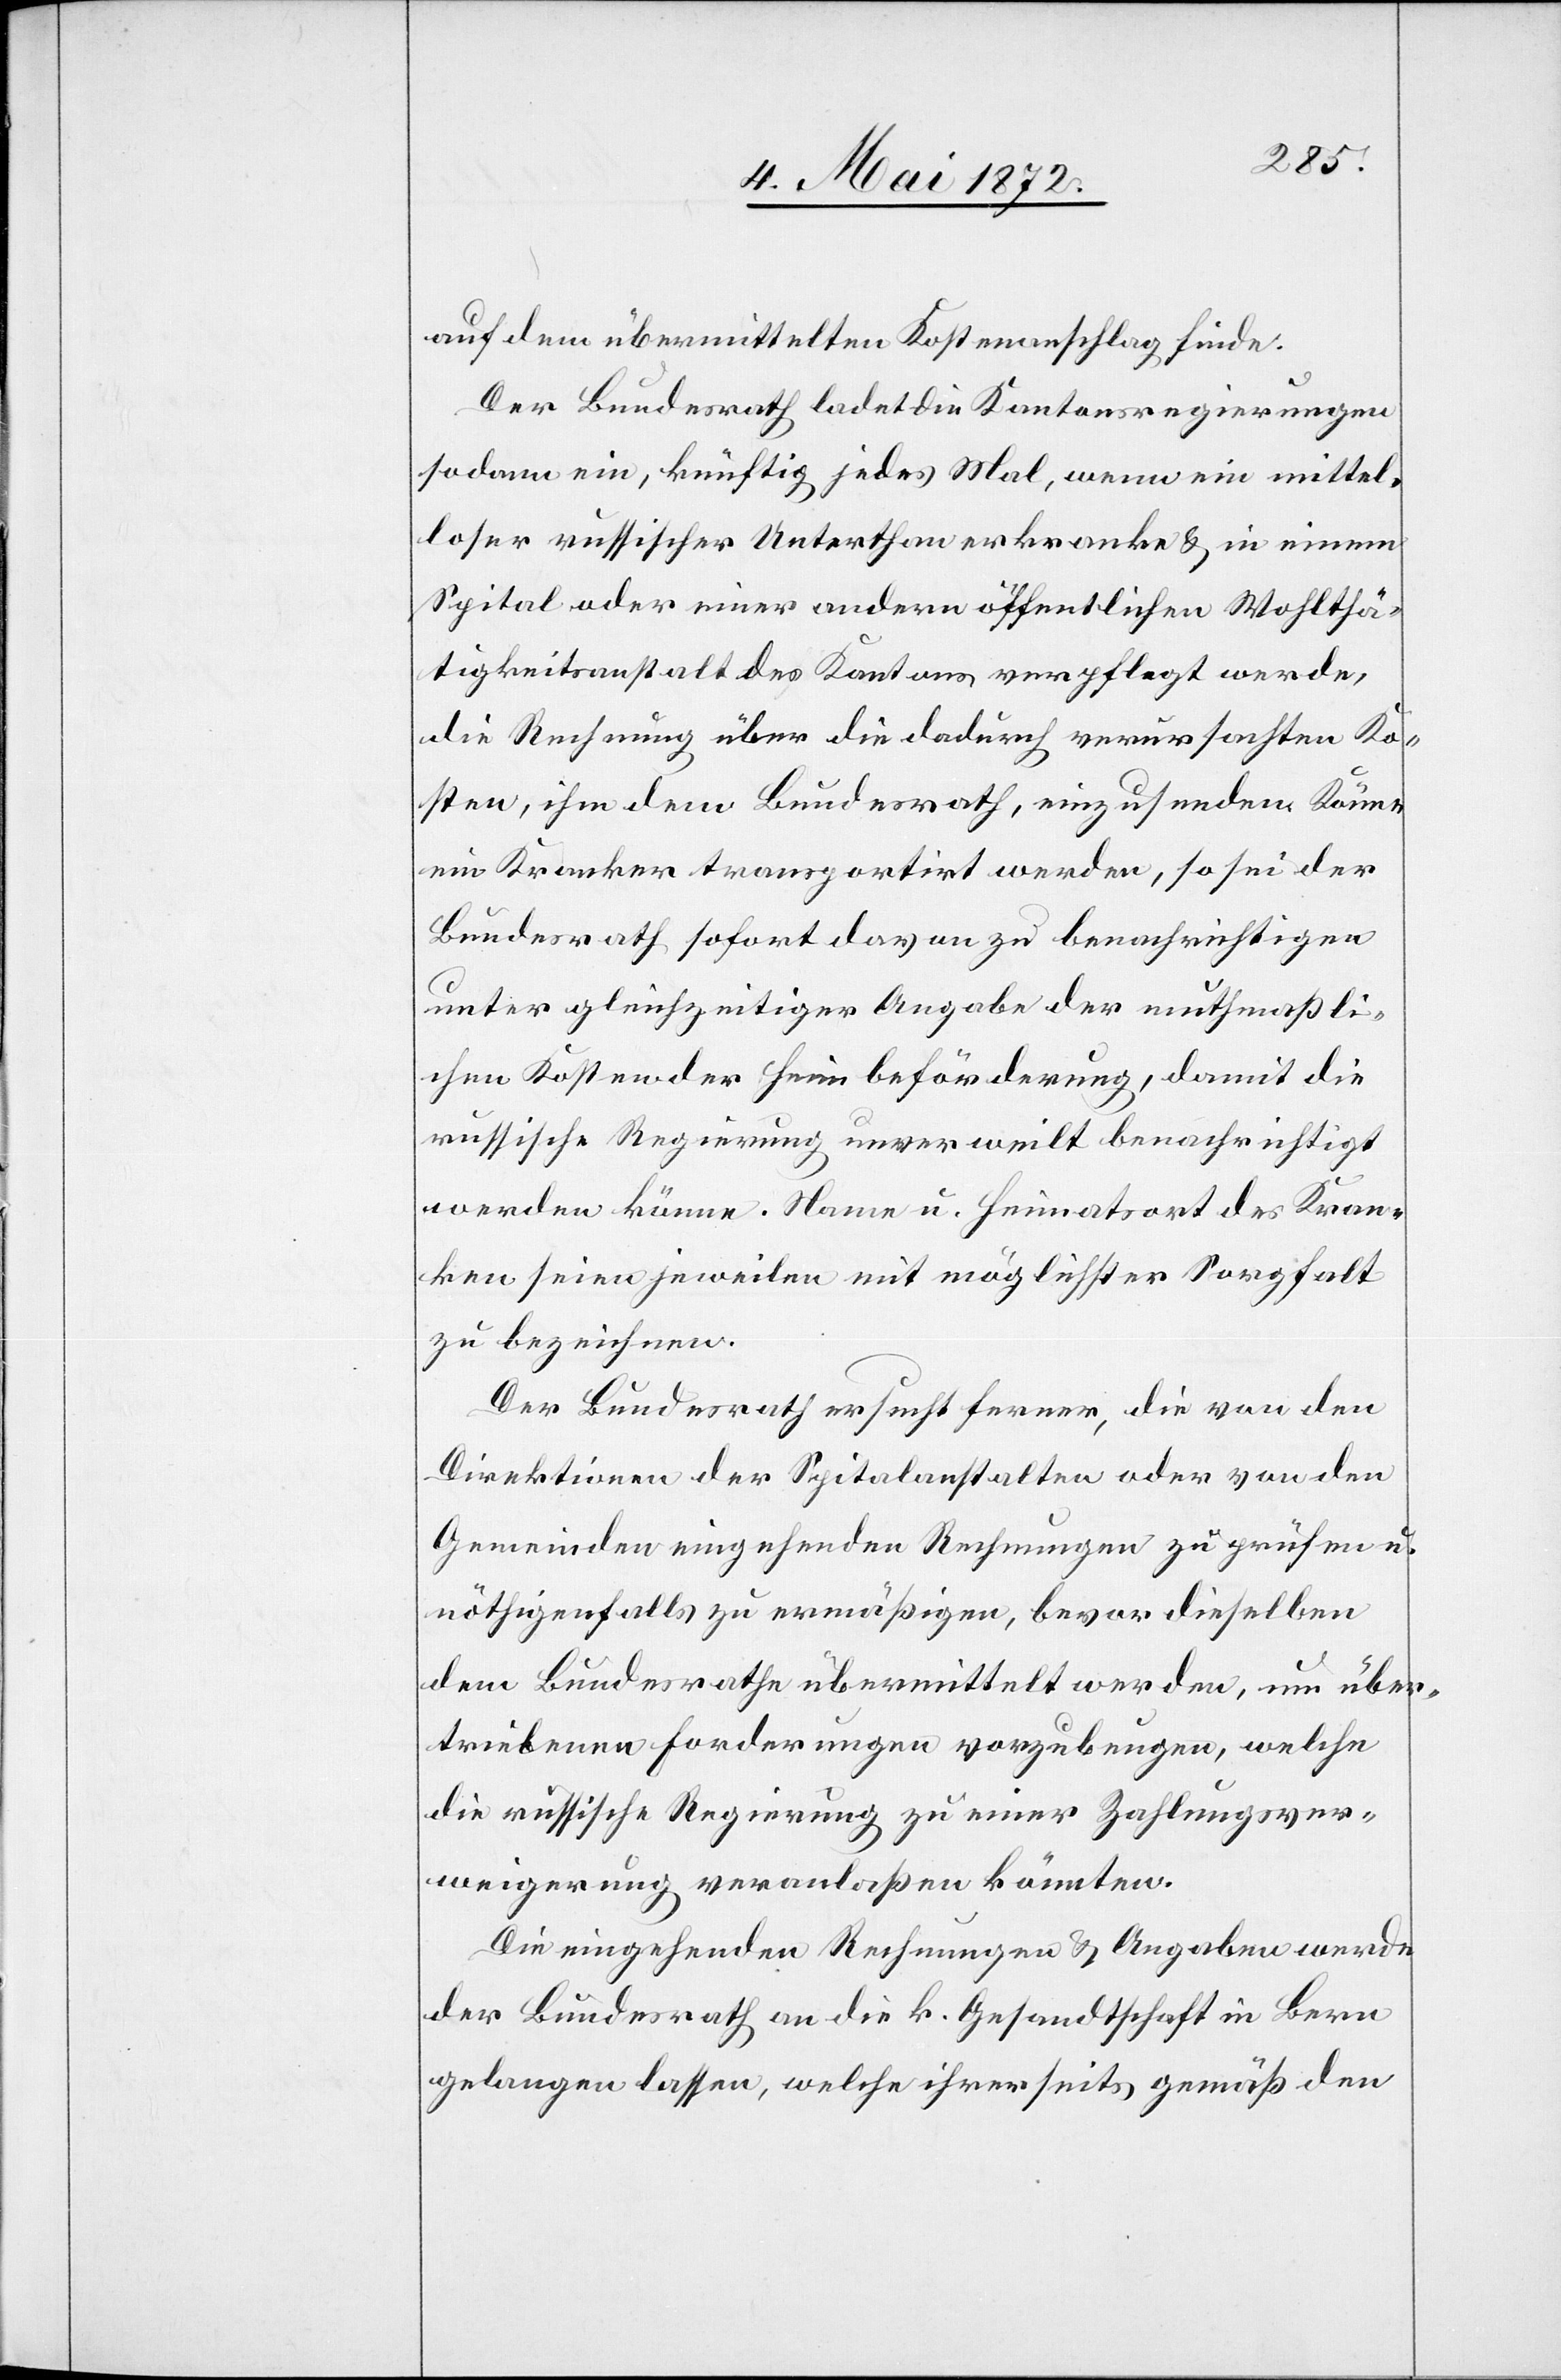
auf dem übermittelten Kostenanschlag finde:
Der Bundesrath ladet die Kantonsregierungen
sodann ein, künftig jedes Mal, wenn ein mittel¬
loser russischer Unterthan erkranke u. in einem
Spital oder einer andern öffentlichen Wohlthä¬
tigkeitsanstalt des Kantons verpflegt werde,
die Rechnung über die dadurch verursachten Ko¬
sten, ihm dem Bundesrath, einzusenden. Könne
ein Kranker transportirt werden, so sei der
Bundesrath sofort davon zu benachrichtigen
unter gleichzeitiger Angabe der muthmaßli¬
chen Kosten der Heimbeförderung, damit die
russische Regierung unverweilt benachrichtigt
werden könne. Name u. Heimatsort des Kran¬
ken seien jeweilen mit möglichster Sorgfalt
zu bezeichnen.
Der Bundesrath ersucht ferner, die von den
Direktionen der Spitalanstalten oder von den
Gemeinden eingehenden Rechnungen zu prüfen u.
nöthigenfalls zu ermäßigen, bevor dieselben
dem Bundesrathe übermittelt werden, um über¬
triebenen Forderungen vorzubeugen, welche
die russische Regierung zu einer Zahlungsver¬
weigerung veranlaßen könnten.
Die eingehenden Rechnungen u. Angaben werde
der Bundesrath an die k. Gesandtschaft in Bern
gelangen lassen, welche ihrerseits gemäß den